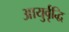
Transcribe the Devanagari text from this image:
आयुर्वृद्धि